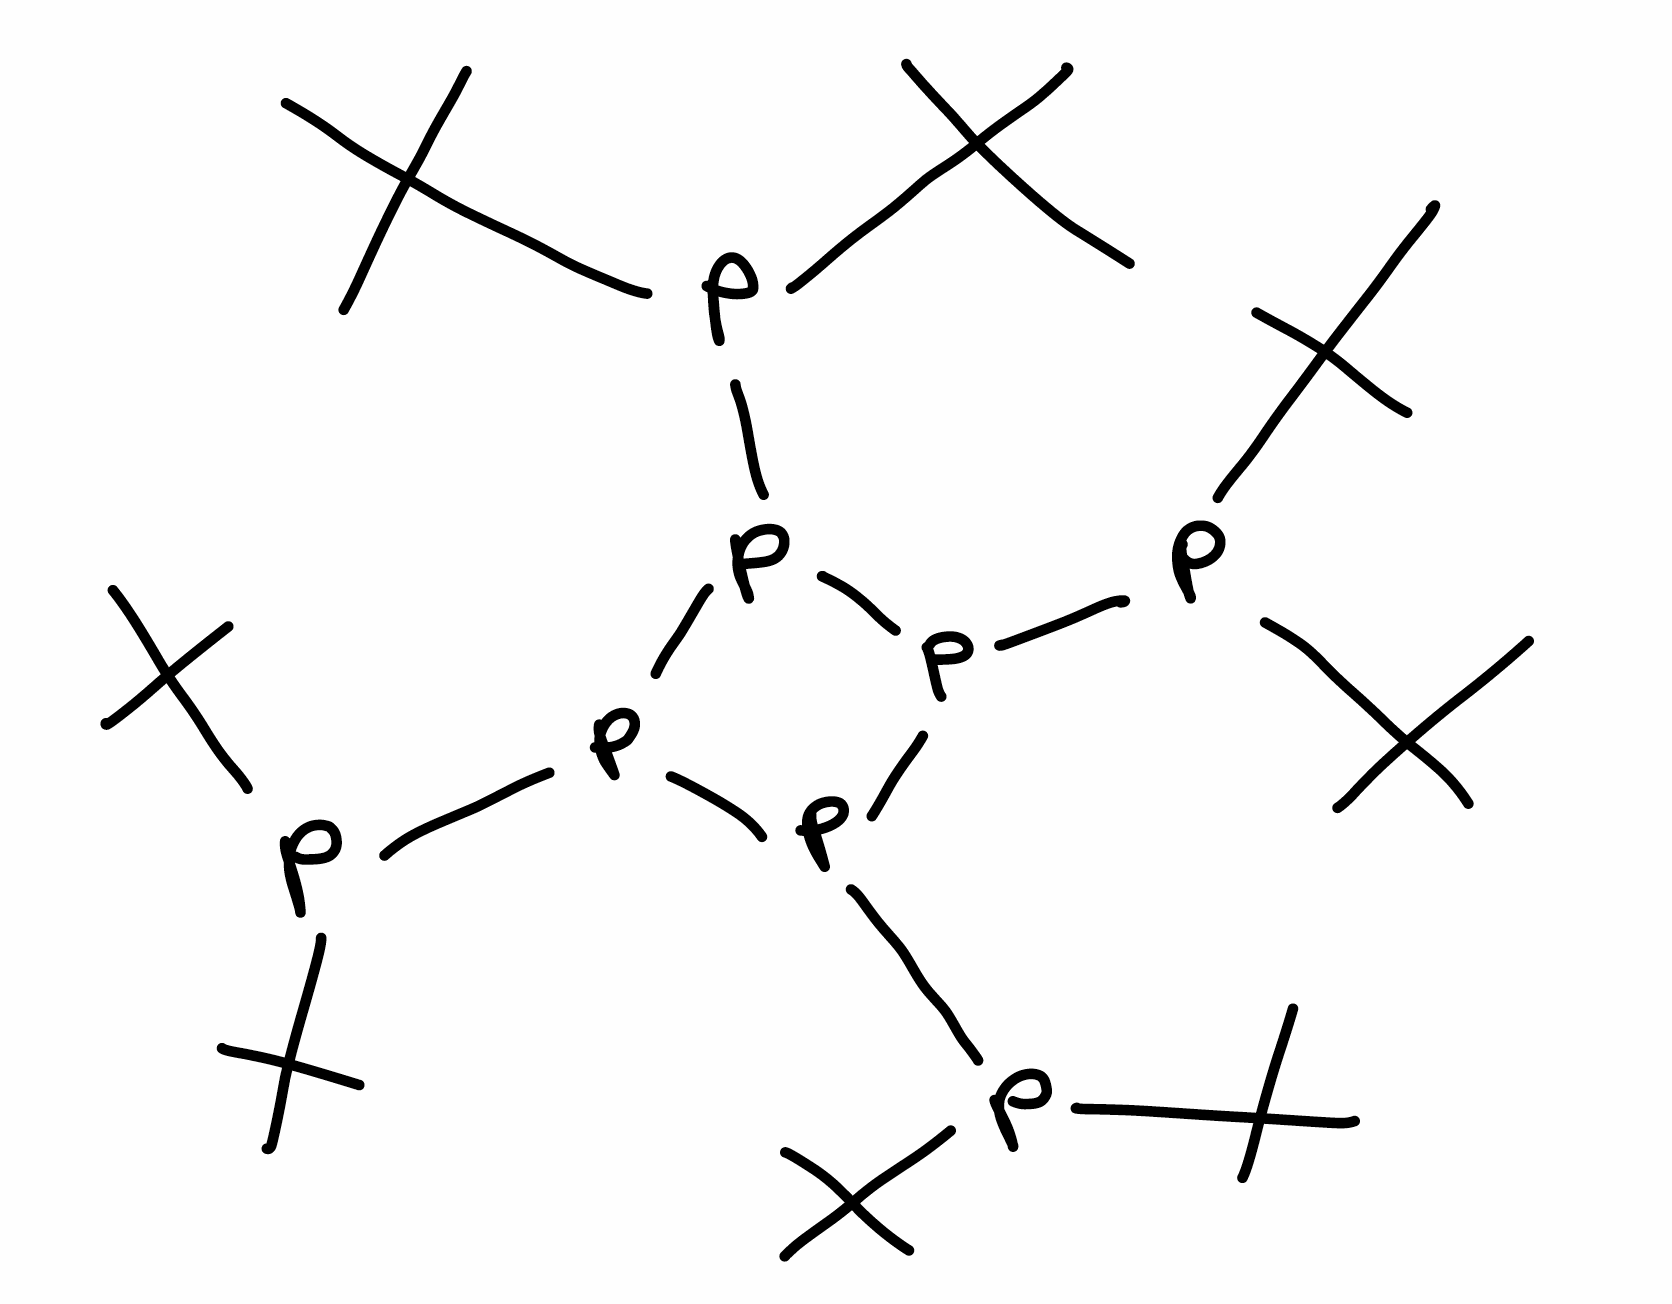
Simplified molecular-input line-entry system (SMILES) notation of the given molecule:
CC(C)(C)P(C(C)(C)C)P1P(P(P1P(C(C)(C)C)C(C)(C)C)P(C(C)(C)C)C(C)(C)C)P(C(C)(C)C)C(C)(C)C